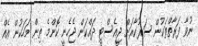
ނުވާ ފަރާތްތަކުން ސަރުކާރަށް ޖީއެސްޓީ ދައްކަން ޖެހެނީ ކޮންމެ ތިން މަހަކުން އެއް